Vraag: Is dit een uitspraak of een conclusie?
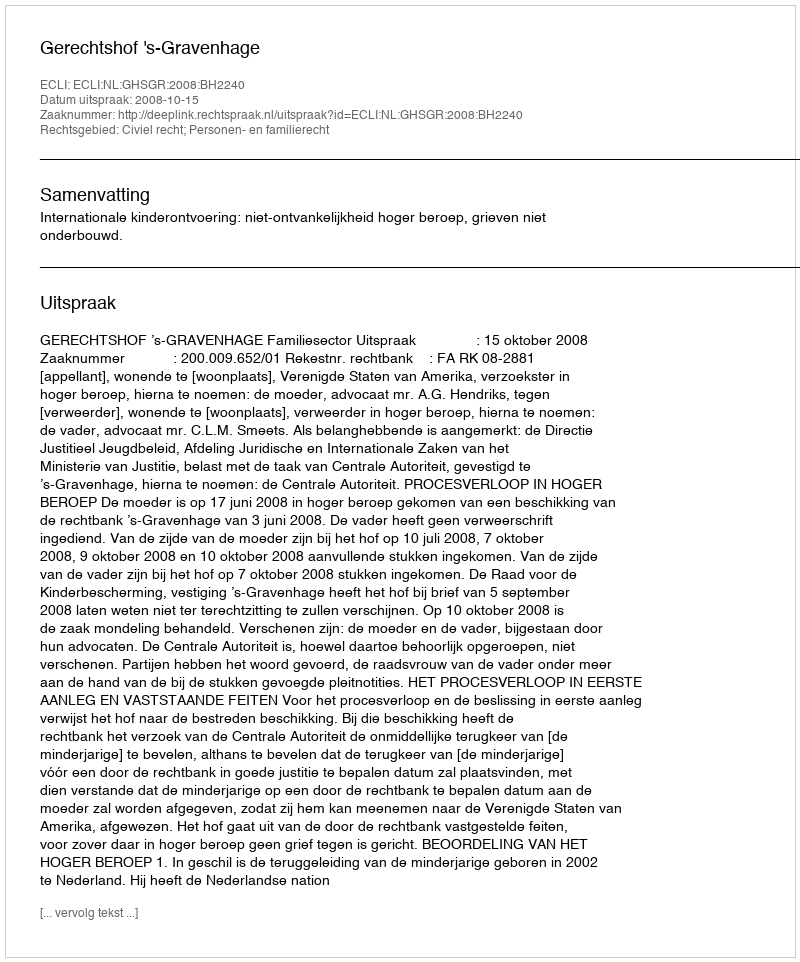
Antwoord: Uitspraak